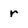
Character: r